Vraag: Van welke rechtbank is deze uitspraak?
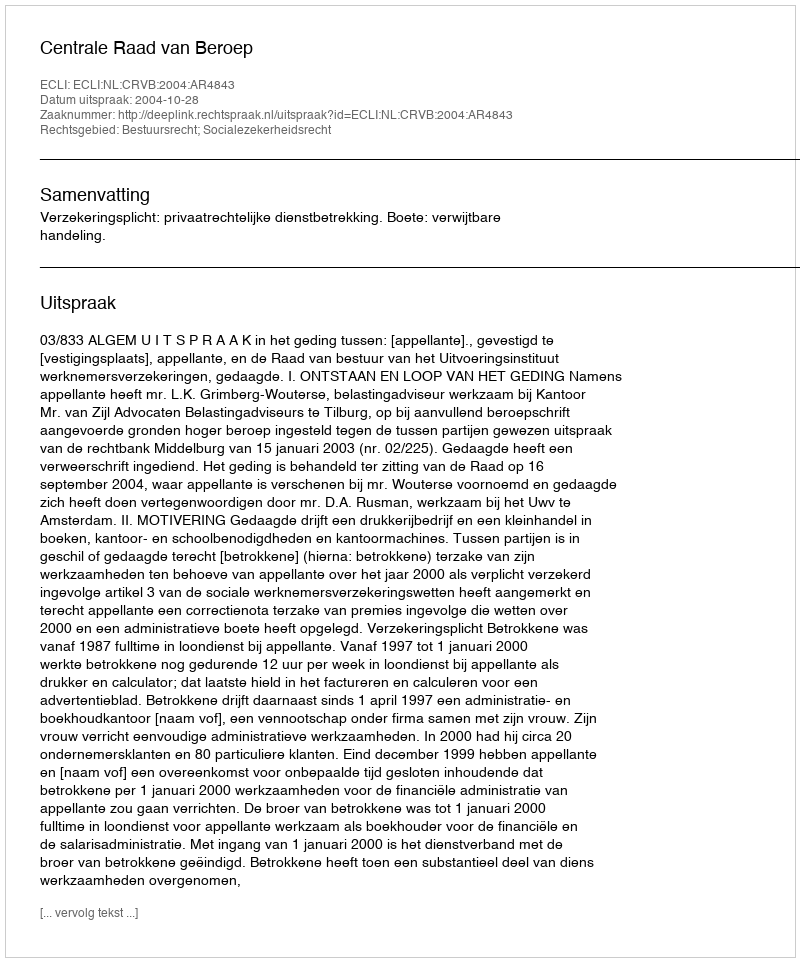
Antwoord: Centrale Raad van Beroep